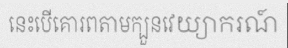
នេះបើគោរពតាមក្បួនវេយ្យាករណ៍